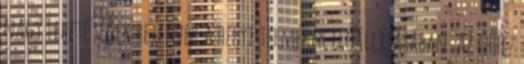
nagy lehetőségek rejlenek a helyi termékek előállításában. Az ehhez